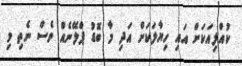
ކުއްލިއަކަށް އައި ހިޔާލަކަށް އަދި މާ ބޮޑު ޕްލޭނެއް ވެސް ނެތި މި